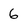
Character: 6